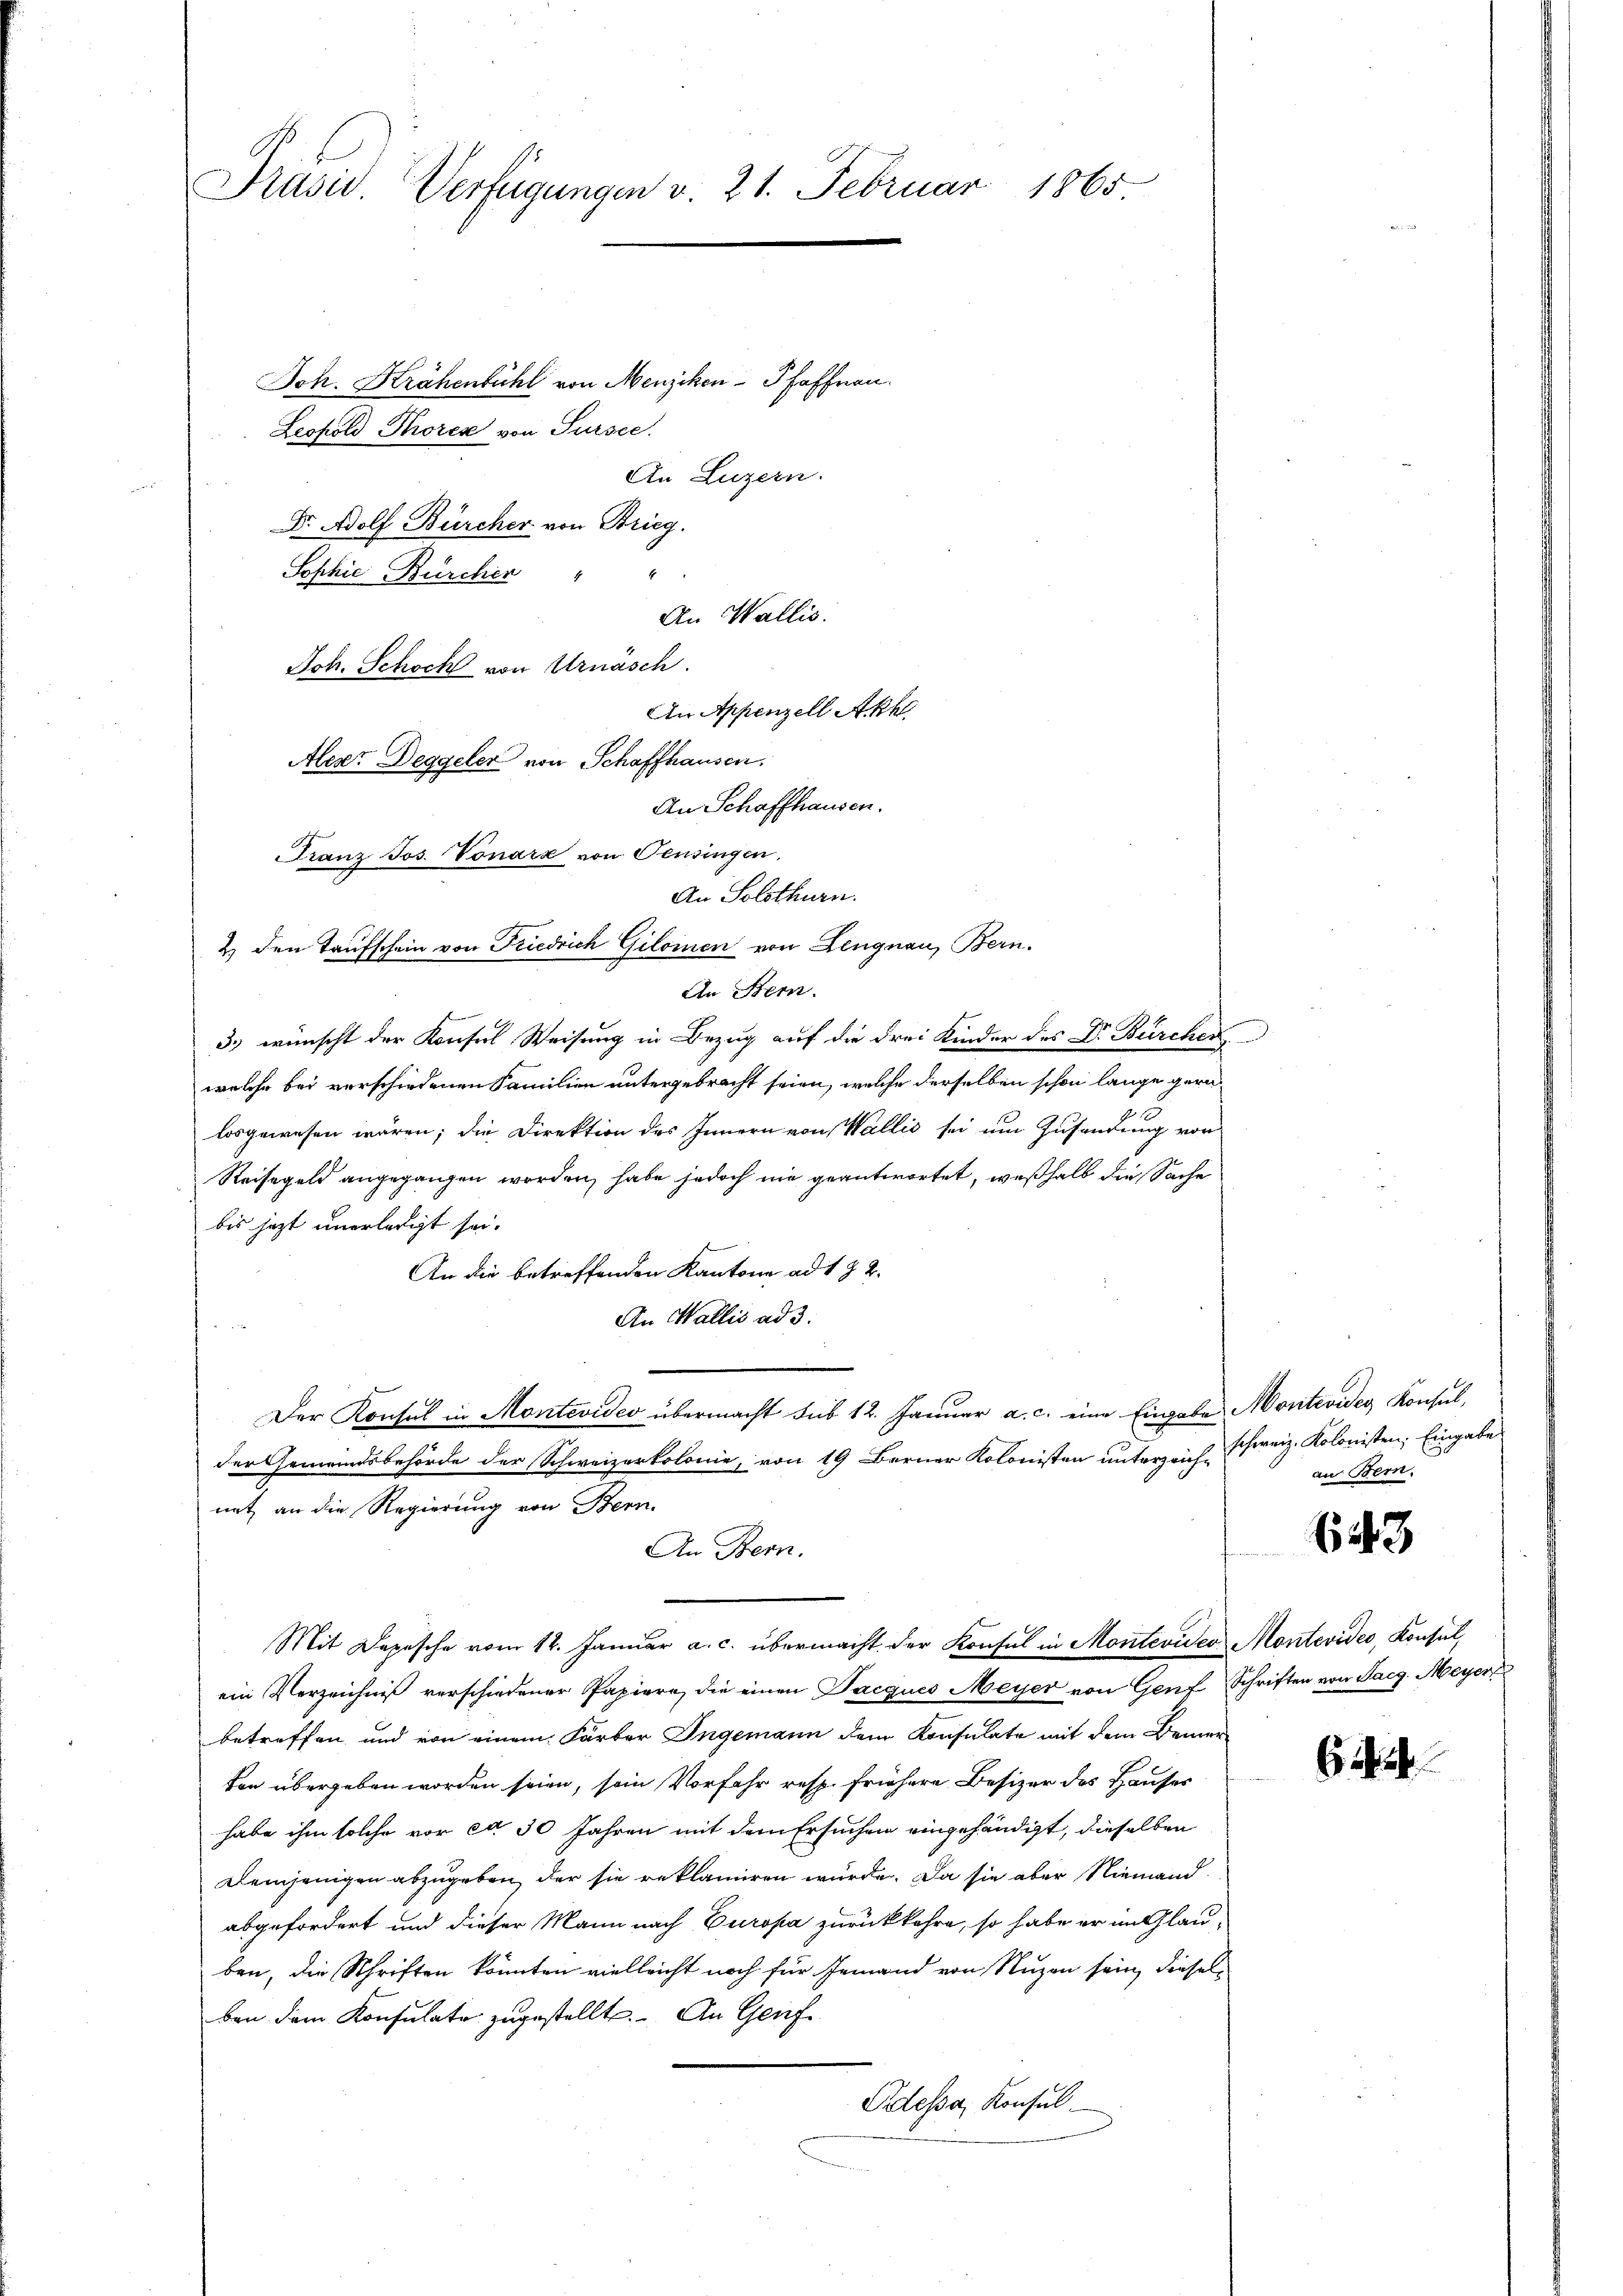
Präsid Verfügungen v. 21. Februar 1865

Joh. Krähenbühl von Menzikon-Pfaffnen.
Leopold Thores von Sursee.
An Luzern.
Dr. Adolf Bürcher von Brieg.
s
Sophie Bürcher
Joh. Schock von Urnäsch.
Aleser Deggeler von Schaffhausen.
Franz Jos. Vonara von Pensingen,
An Stern.
3.) wünscht der Konsul Weisung in Bezug auf die drei Kinder des Dr. Bürchen
welche bei verschiedenen Familien untergebracht seien, welche derselben schon lange geralosgewesen wären; die Direktion des Innern von Wallis sei um Zusendung von
Reisegeld angegangen worden, habe jedoch nie geantwortet, weßhalb die Sache
bis jetzt unerledigt sei.
An die betreffenden Kantone ad 172.
An Wallis ad 3.
Der Konsul in Montevideo übermacht sub 12. Januar a. c. eine Eingabe Montevides Konsul,
der Gemeindsbehörde der Schweizerkolonie, von 19 Berner Kolonisten unterzeich-schweiz. Kolonisten; Eingabe
natz an die Regierung von Bern.
An Bern.
Mit Depesche vom 12. Januar a. c. übermacht der Konsul in Montevider Montevides, Konsul,
ein Verzeichnis verschiedener Papiere, die einen Jacques Meyer von Genf, Schriften von Saeg. Meyer,
betreffen und von einem Färber Ingemann dem Konsulate mit dem Bemerten übergeben worden seien, sein Vorfahr resp. frühere Besizer des Hauses
habe ihm solche vor ca 30 Jahren mit dem Ersuchen eingehändigt, dieselben
Demjenigen abzugeben, der sie reklamiren würde. Da sie aber Niemand
abgefordert und dieser Mann nach Europa zurückkehre, so habe er im Glau-
ben, die Schriften könnten vielleicht noch für Jemand von Nuzen sein, dieselben dem Konsulate zugestellt. An Genfe
Eidessa, Konsul

An Wallis.
An Solothurn.
2.) Den Taufschein von Friedrich Gilomen von Lengnau, Bern.

An Appenzell Akt
An Schaffhausen.

n

an Bern.

643

64